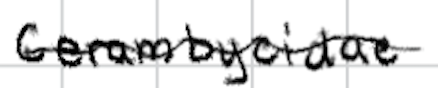
Text: Cerambycidae.
Cross-out: wave
Writing tool: digital_black